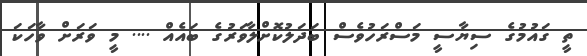
ތީ ގައުމުގެ ސިޔާސީ މަސްރަހުވެސް ބަދަލުކޮށްލާވަރުގެ ބައެއް .... މީ ވަރަށް ވާހަކަ